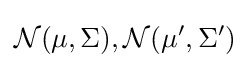
{\mathcal {N}}(\mu ,\Sigma ),{\mathcal {N}}(\mu ',\Sigma ')